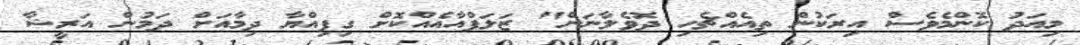
މިއަދު ކޮންމެވެސް އިރަކުން ތިއެއްޗެހި ދޮވެލާނަން" ޒަލަފްއާއެއްކޮށް ގިފިއްޔާ ދިމާއަށް ދަމުން އަރީޝާ